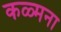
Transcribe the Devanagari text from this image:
कळ्मना